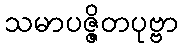
သမာပဇ္ဇိတပုဗ္ဗာ